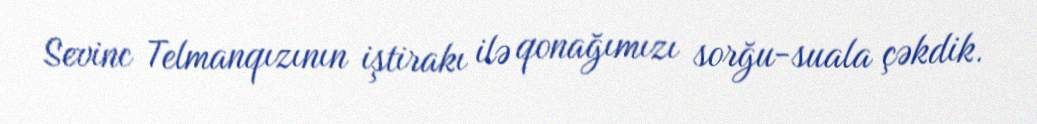
Sevinc Telmanqızının iştirakı ilə qonağımızı sorğu-suala çəkdik.